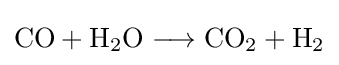
{\mathrm {CO} {}+{}\mathrm {H} {\vphantom {A}}_{\smash[{t}]{2}}\mathrm {O} {}\mathrel {\longrightarrow } {}\mathrm {CO} {\vphantom {A}}_{\smash[{t}]{2}}{}+{}\mathrm {H} {\vphantom {A}}_{\smash[{t}]{2}}}